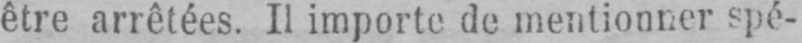
être arrêtées. Il importe de mentionner spé-